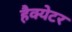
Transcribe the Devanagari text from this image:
हैक्येटर